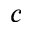
^ c